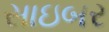
સાઇબર